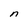
Character: n